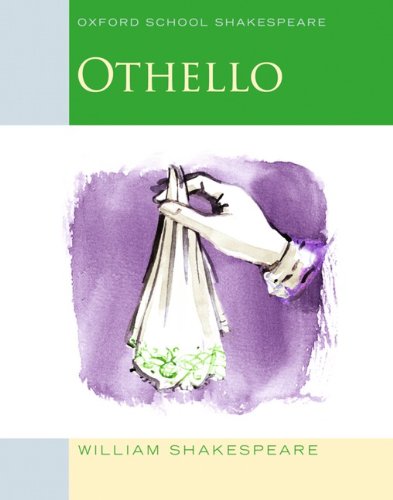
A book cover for Othello: Oxford School Shakespeare (Oxford School Shakespeare Series); William Shakespeare; Literature & Fiction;